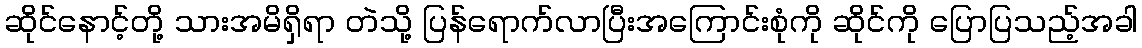
ဆိုင်နောင့်တို့ သားအမိရှိရာ တဲသို့ ပြန်ရောက်လာပြီးအကြောင်းစုံကို ဆိုင်ကို ပြောပြသည့်အခါ